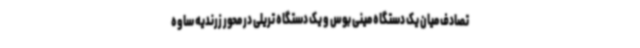
تصادف میان یک دستگاه مینی بوس و یک دستگاه تریلی در محور زرندیه ساوه